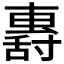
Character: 𡭏